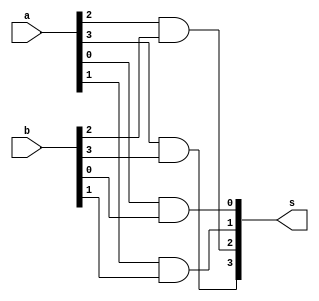
module Anding(
  output [3:0] s,
  input [3:0] a,
  input [3:0] b
);


  and #2 AND0 (s[0], a[0], b[0]);
  and #2 AND1 (s[1], a[1], b[1]);
  and #2 AND2 (s[2], a[2], b[2]);
  and #2 AND3 (s[3], a[3], b[3]);

endmodule